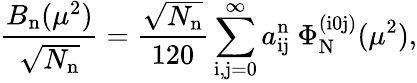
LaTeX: \frac{B_{\mathrm{n}}(\mu^{2})}{\sqrt{N_{\mathrm{n}}}}=\frac{\sqrt{N_{\mathrm{n}}}}{120}\sum_{\mathrm{i,j}=0}^{\infty}a_{\mathrm{ij}}^{\mathrm{n}}\ \Phi_{\mathrm{N}}^{(\mathrm{i}0\mathrm{j})}(\mu^{2}),